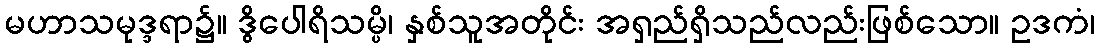
မဟာသမုဒ္ဒရာ၌။ ဒွိပေါရိသမ္ပိ၊ နှစ်သူအတိုင်း အရှည်ရှိသည်လည်းဖြစ်သော။ ဥဒကံ၊